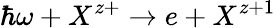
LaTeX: \hbar\omega+X^{z+}\rightarrow e+X^{z+1}